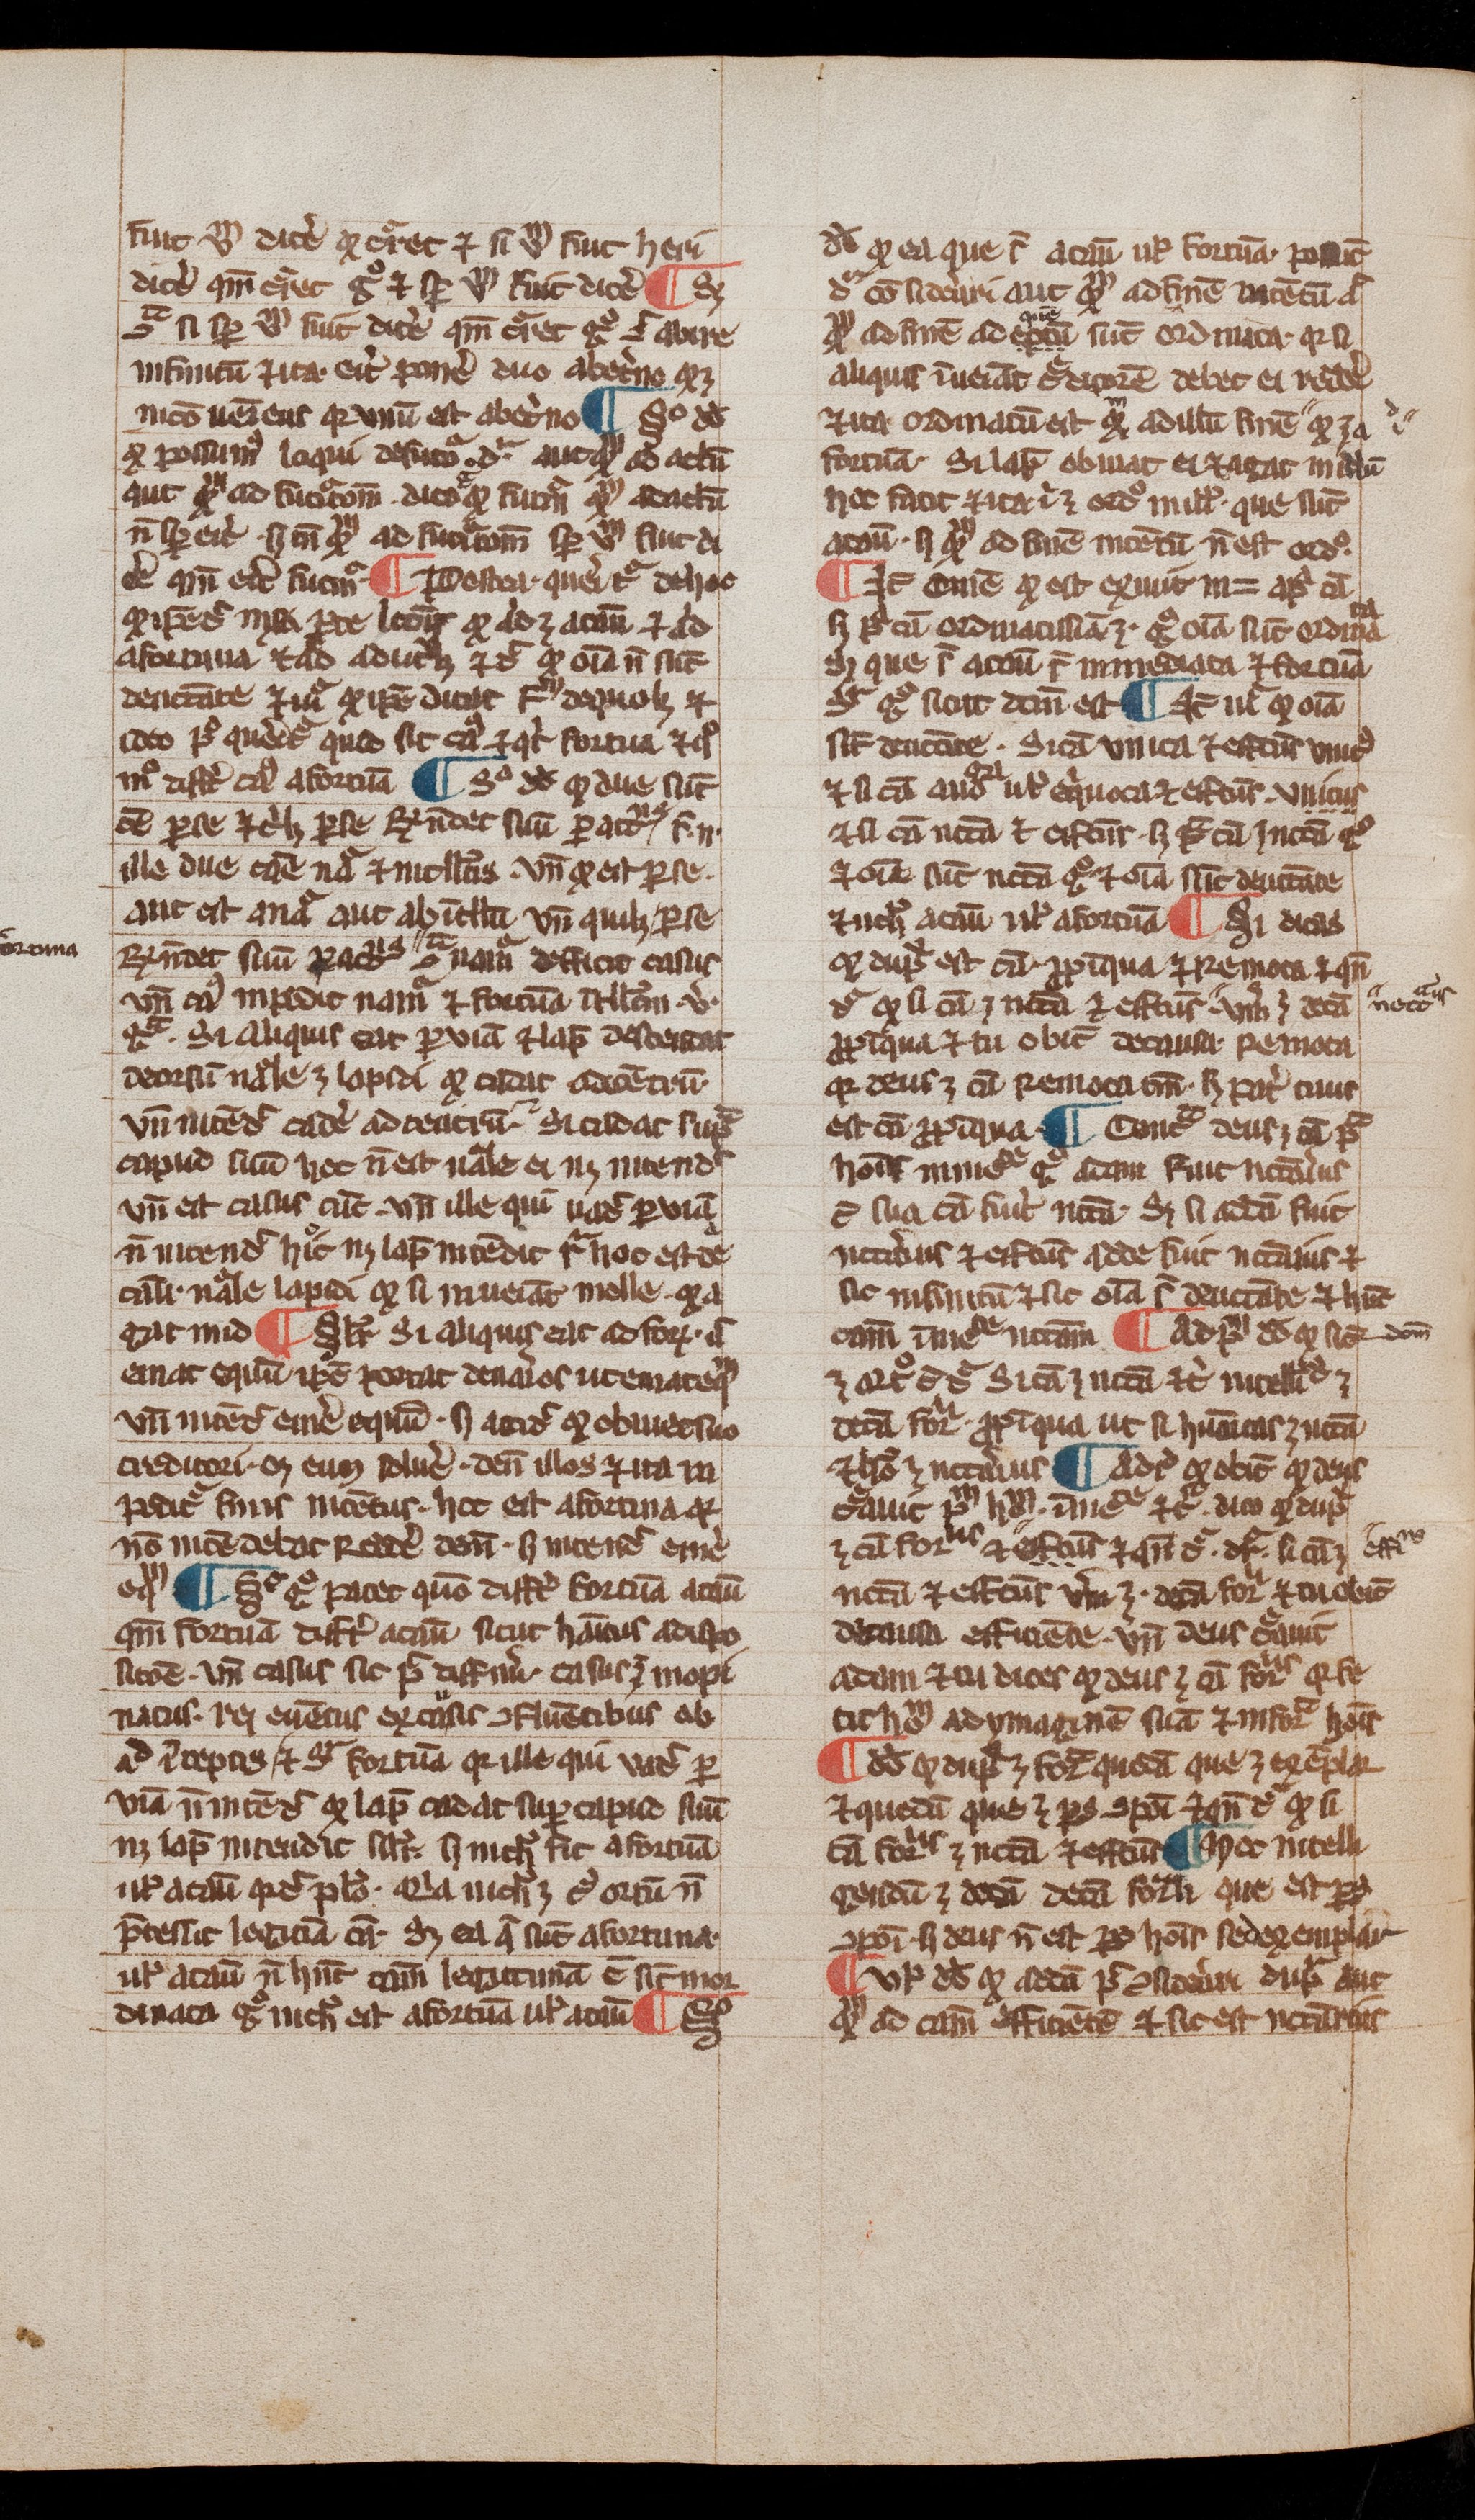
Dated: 1200–1399